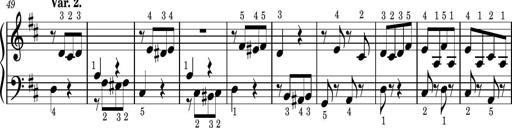
Title: Easy Progressive Lessons and 4 Sonatinas
Composer: Thomas Attwood